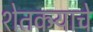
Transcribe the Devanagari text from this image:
शेतकर्‍याचे